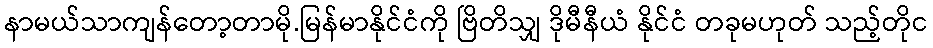
နာမယ်သာကျန်တော့တာမို.မြန်မာနိုင်ငံကို ဗြိတိသျှ ဒိုမီနီယံ နိုင်ငံ တခုမဟုတ် သည့်တိုင